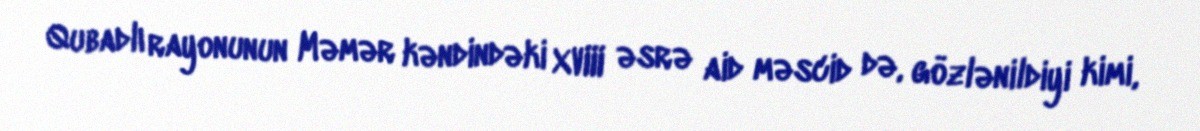
Qubadlı rayonunun Məmər kəndindəki XVIII əsrə aid məscid də, gözlənildiyi kimi,